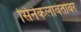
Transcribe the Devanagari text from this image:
सिनेकलावंतांवर